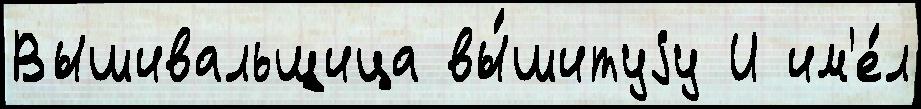
Вышивальщица вы́шитуjу И им'е́л